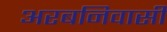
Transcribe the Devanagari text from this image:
अरबनिवासी